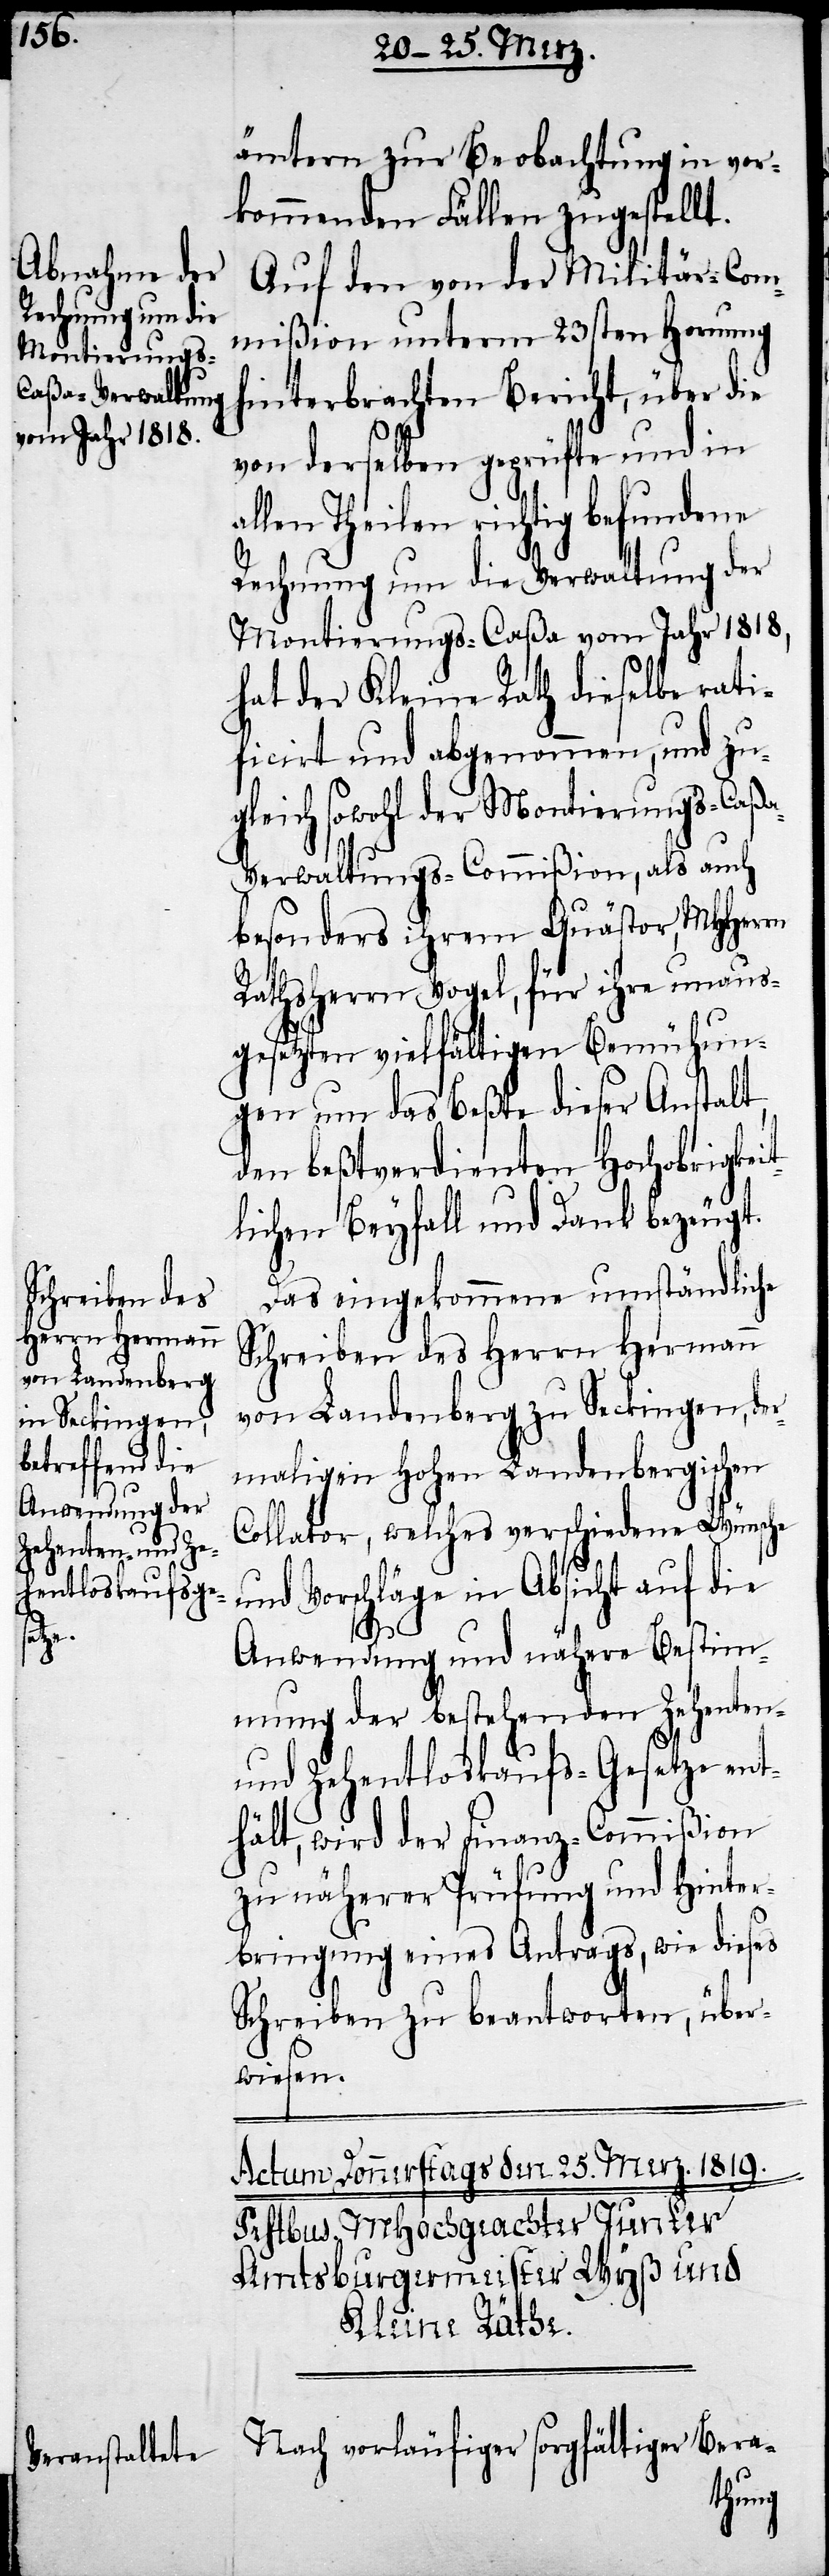
ämtern zur Beobachtung in vor¬
kommenden Fällen zugestellt.
Auf den von der Militär-Com¬
mißion unterm 23sten Hornung
hinterbrachten Bericht, über die
von derselben geprüfte und in
allen Theilen richtig befundene
Rechnung um die Verwaltung der
Montierungs-Caßa vom Jahr 1818,
hat der Kleine Rath dieselbe rati¬
ficirt und abgenommen, und zu¬
gleich sowohl der Montierungs-Caß¬
a-Verwaltungs-Commißion, als auch
besonders ihrem Quästor, MHHerrn
Rathsherrn Vogel, für ihre unaus¬
gesetzten vielfältigen Bemühun¬
gen um das Beßte dieser Anstalt,
den beßtverdienten Hochobrigkei¬
tlichen Beyfall und Dank bezeugt.
Das eingekommene umständliche
Schreiben des Herrn Hermann
von Landenberg zu Seckingen, de¬
rmaligen Hohen Landenbergischen
Collator, welches verschiedene Wünsche
und Vorschläge in Absicht auf die
Anwendung und nähere Bestim¬
mung der bestehenden Zehenten-
und Zehentloskaufs-Gesetze ent¬
hält, wird der Finanz-Commißion
zu näherer Prüfung und Hinter¬
bringung eines Antrags, wie dieses
Schreiben zu beantworten, über¬
wiesen.
Nach vorläufiger sorgfältiger Bera-